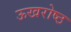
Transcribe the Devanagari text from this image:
ऊखरोष्ठ